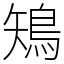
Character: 鴙